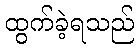
ထွက်ခဲ့ရသည်